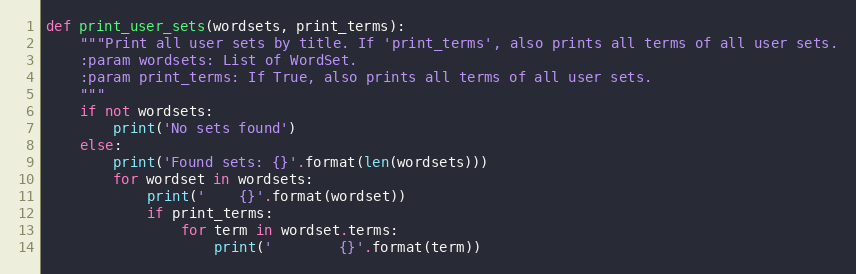
Language: Python
def print_user_sets(wordsets, print_terms):
    """Print all user sets by title. If 'print_terms', also prints all terms of all user sets.
    :param wordsets: List of WordSet.
    :param print_terms: If True, also prints all terms of all user sets.
    """
    if not wordsets:
        print('No sets found')
    else:
        print('Found sets: {}'.format(len(wordsets)))
        for wordset in wordsets:
            print('    {}'.format(wordset))
            if print_terms:
                for term in wordset.terms:
                    print('        {}'.format(term))